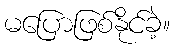
မပြောဖြစ်နိုင်ခဲ့။